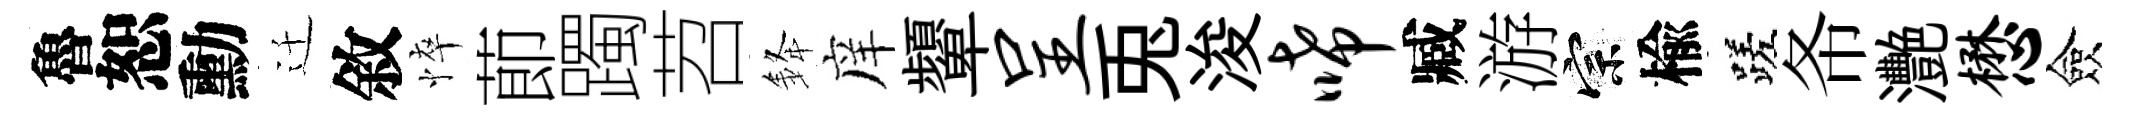
魯恕勳迁敘悴莭躅苕𨦟庠顰呈兎浚唏臧游宗楡蹉𢁙灧懋僉